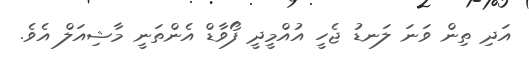
އަދި ތިން ވަނަ ލަނޑު ޖެހީ އުއްމީދީ ފޯވާޑް އެންތަނީ މާޝިއަލް އެވެ.